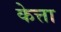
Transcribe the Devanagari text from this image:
केत्ता